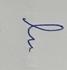
Signature authenticity: forged